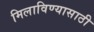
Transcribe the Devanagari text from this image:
मिलाविण्यासाठी